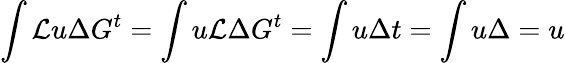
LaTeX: \int\mathcal{L}u\Delta G^{t}=\int u\mathcal{L}\Delta G^{t}=\int u\Delta t=\int u\Delta=u